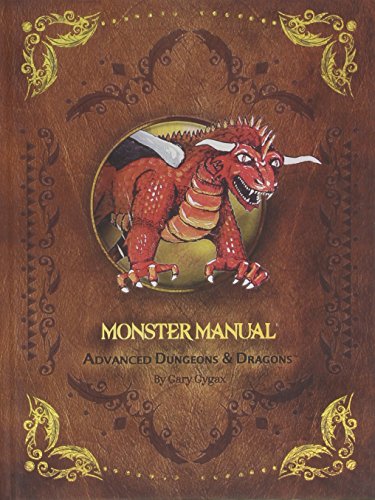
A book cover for Dungeons & Dragons 1st Edition Premium Monster Manual; Gary Gygax; Science Fiction & Fantasy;